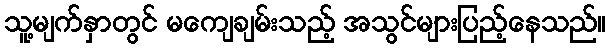
သူ့မျက်နှာတွင် မကျေချမ်းသည့် အသွင်များပြည့်နေသည်။